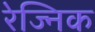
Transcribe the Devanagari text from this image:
रेज्निक